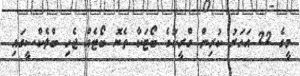
މީގެ 22 އަހަރު ކުރިން ގްރީކުގެ ބޯޓަކާ ތެޔޮ ބޯޓެއް ޖެހި ބްލެކްސީގައި